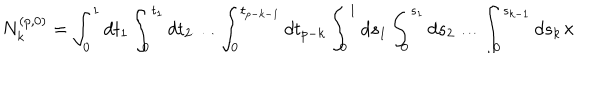
N _ { k } ^ { ( p , 0 ) } = \int _ { 0 } ^ { 1 } d t _ { 1 } \int _ { 0 } ^ { t _ { 1 } } d t _ { 2 } \ldots \int _ { 0 } ^ { t _ { p - k - 1 } } d t _ { p - k } \int _ { 0 } ^ { 1 } d s _ { 1 } \int _ { 0 } ^ { s _ { 1 } } d s _ { 2 } \ldots \int _ { 0 } ^ { s _ { k - 1 } } d s _ { k } \times